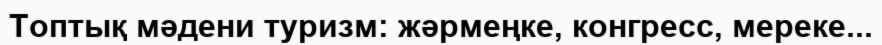
Топтық мәдени туризм: жәрмеңке, конгресс, мереке...